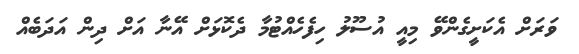
ވަރަށް އެކަށީގެންވޭ މިއީ އުސޫލު ހިފެހެއްޓުމާ ދެކޮޅަށް އޭނާ އަށް ދިން އަދަބެއް